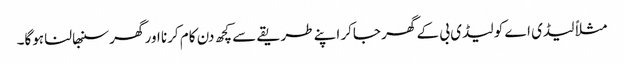
مثلاً لیڈی اے کو لیڈی بی کے گھر جاکر اپنے طریقے سے کچھ دن کام کرنا اور گھر سنبھالنا ہوگا۔